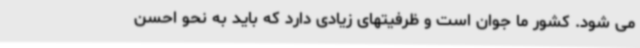
می شود. کشور ما جوان است و ظرفیتهای زیادی دارد که باید به نحو احسن